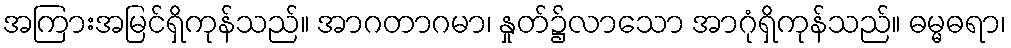
အကြားအမြင်ရှိကုန်သည်။ အာဂတာဂမာ၊ နှုတ်၌လာသော အာဂုံရှိကုန်သည်။ ဓမ္မဓရာ၊